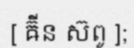
[ ឝ៊ីន ស៊ពូ ];